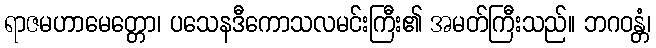
ရာဇမဟာမေတ္တော၊ ပသေနဒီကောသလမင်းကြီး၏ အမတ်ကြီးသည်။ ဘဂဝန္တံ၊